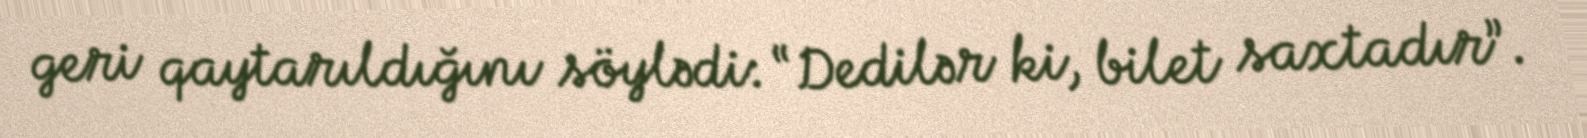
geri qaytarıldığını söylədi: “Dedilər ki, bilet saxtadır”.